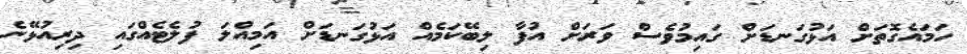
ހަމައެގޮތަށް އަޅުގަނޑަށް ގައިމުވެސް ވަރަށް އުފާ ލިބޭކަމެއް އަޅުގަނޑަށް އަމިއްލަ ފުލެޓެއްގައި ދިރިއުޅޭނެ